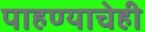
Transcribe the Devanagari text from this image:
पाहण्याचेही